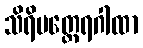
သိရိမတ္ထေရဂါထာ